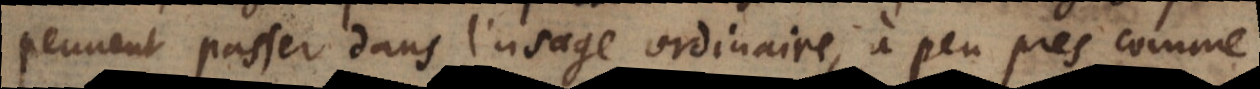
peuvent passer dans l’usage ordinaire, à peu près comme